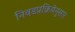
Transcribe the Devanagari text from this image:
निवडप्रक्रियेनुसार